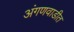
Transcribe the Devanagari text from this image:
अंगणवाडीत